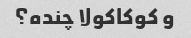
و کوکاکولا چنده؟